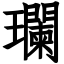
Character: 瓓